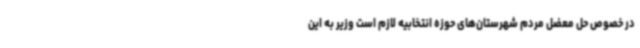
در خصوص حل معضل مردم شهرستان‌های حوزه انتخابیه لازم است وزیر به این